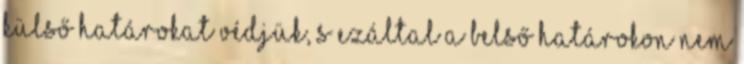
külső határokat védjük, s ezáltal a belső határokon nem